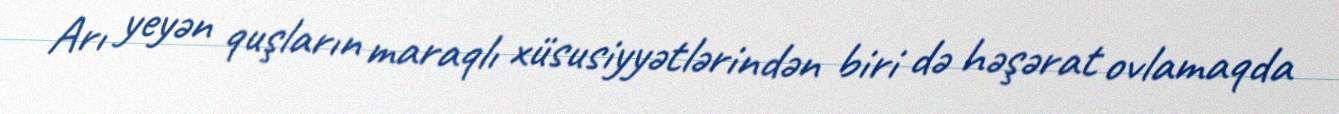
Arı yeyən quşların maraqlı xüsusiyyətlərindən biri də həşərat ovlamaqda